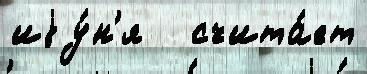
иjу́н'я   счита́ет